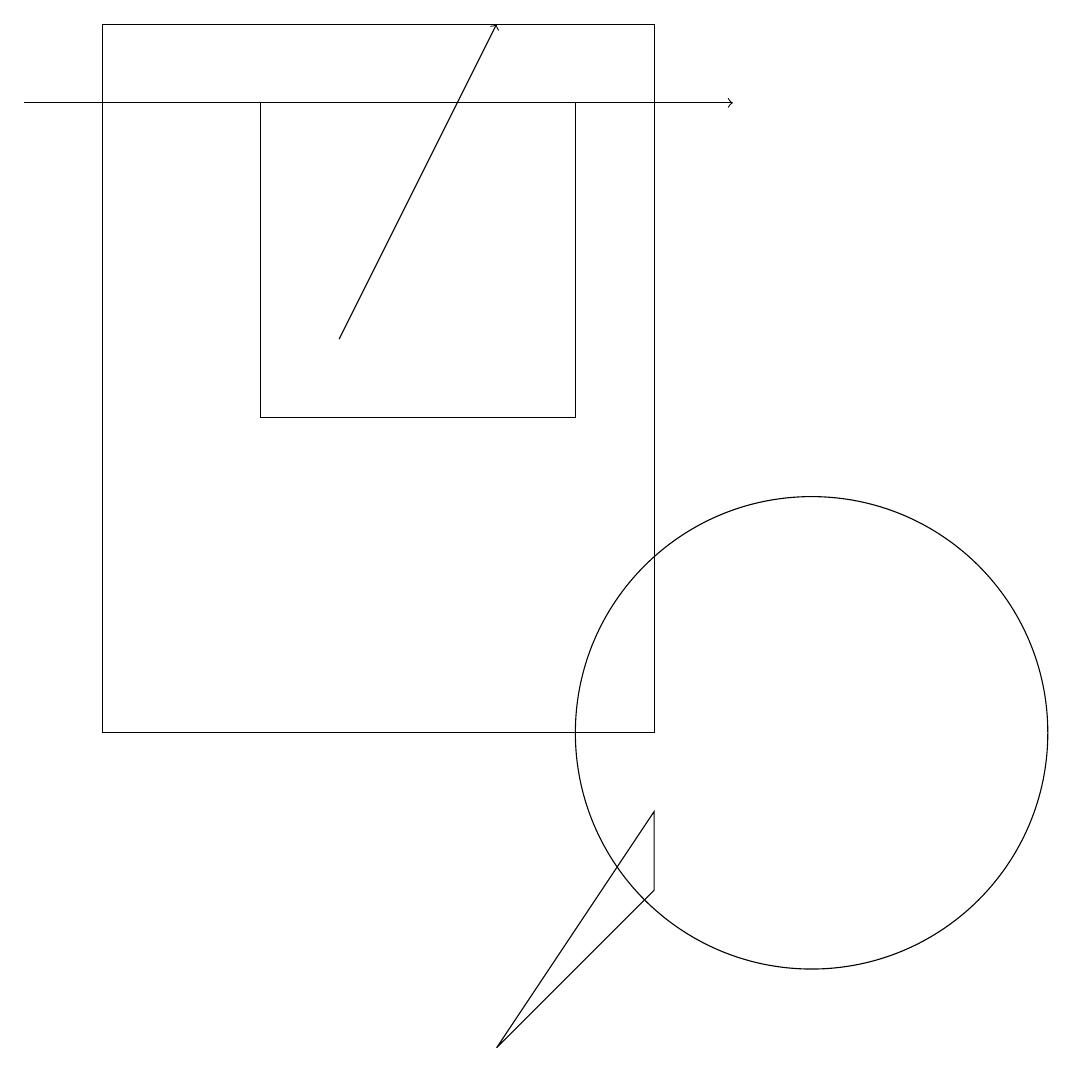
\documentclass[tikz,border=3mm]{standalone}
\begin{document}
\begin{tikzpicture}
\draw (8,9) -- (6,6) -- (8,8) -- cycle;
\draw (10,10) circle (3);
\draw (3,14) rectangle (7,18);
\draw[->] (0,18) -- (9,18);
\draw (1,19) rectangle (8,10);
\draw[->] (4,15) -- (6,19);
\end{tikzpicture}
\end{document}